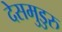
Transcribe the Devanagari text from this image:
देसमुडुरु